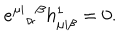
LaTeX: e ^ { \mu | } { } _ { \alpha } { } ^ { \beta } h _ { \mu | \beta } ^ { 1 } = 0 .